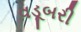
વડૂબરી